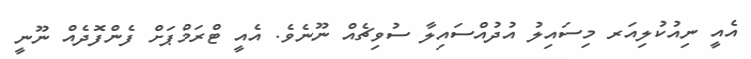
އެއީ ނިއުކުލިއަރ މިސައިލު އުދުއްސައިލާ ސުވިޗެއް ނޫނެވެ. އެއީ ޓްރަމްޕަށް ފެންފޮދެއް ނޫނީ